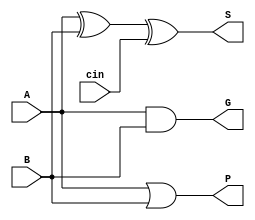
/*
4 * 4-bit CLA --> 2 * 16-bit CLA --> 32-bit CLA
*/
module Adder1(
	input A,
	input B,
	input cin,
	output S,
	output G,
	output P);
	
	assign S = A ^ B ^ cin;
	assign G = A & B;
	assign P = A | B;
endmodule

module CLA4(
	input [3:0] P,
	input [3:0] G,
	input cin,
	output [3:0] c,
	output Gout,
	output Pout);
	
	assign c[0] = G[0] | (P[0] & cin);
	assign c[1] = G[1] | (P[1] & G[0]) | (P[1] & P[0] & cin);
	assign c[2] = G[2] | (P[2] & G[1]) | (P[2] & P[1] & G[0]) | (P[2] & P[1] & P[0] & cin);
	assign c[3] = G[3] | (P[3] & G[2]) | (P[3] & P[2] & G[1]) | (P[3] & P[2] & P[1] & G[0]) |
			 (P[3] & P[2] & P[1] & P[0] & cin);
	assign Gout = G[3] | (P[3] & G[2]) | (P[3] & P[2] & G[1]) | (P[3] & P[2] & P[1] & G[0]);
	assign Pout = P[3] & P[2] & P[1] & P[0];
endmodule

module Adder4(
	input [3:0] A,
	input [3:0] B,
	input cin,
	output [3:0] S,
	output Gout,
	output Pout,
	output cout);

	wire [3:0] G;
	wire [3:0] P;
	wire [3:0] c;
	CLA4 c0(
		.P(P),
		.G(G),
		.cin(cin),
		.c(c),
		.Gout(Gout),
		.Pout(Pout));
	Adder1 a1(
		.A(A[0]),
		.B(B[0]),
		.cin(cin),
		.S(S[0]),
		.G(G[0]),
		.P(P[0]));
	genvar i;
	generate
		for(i = 1; i <= 3; i = i+1) begin: adder_gen
			Adder1 ai(
			.A(A[i]),
			.B(B[i]),
			.cin(c[i-1]),
			.S(S[i]),
			.G(G[i]),
			.P(P[i]));
		end
	endgenerate
	assign cout = c[3];
endmodule

module Adder16(
	input [15:0] A,
	input [15:0] B,
	input cin,
	output [15:0] S,
	output Gout,
	output Pout,
	output cout);

	wire [3:0] G;
	wire [3:0] P;
	wire [3:0] c;
	CLA4 c0(
		.P(P),
		.G(G),
		.cin(cin),
		.c(c),
		.Gout(Gout),
		.Pout(Pout));
	Adder4 a2(
		.A(A[3:0]),
		.B(B[3:0]),
		.cin(cin),
		.S(S[3:0]),
		.Gout(G[0]),
		.Pout(P[0]));
	genvar i;
	generate
		for(i = 1; i <= 3; i = i+1) begin: adder4_gen
			Adder4 a4(
			.A(A[4*i+3:4*i]),
			.B(B[4*i+3:4*i]),
			.cin(c[i-1]),
			.S(S[4*i+3:4*i]),
			.Gout(G[i]),
			.Pout(P[i]));
		end
	endgenerate
	assign cout = c[3];
endmodule

//(cin == 1)? A-B : A+B
module Adder32(
	input [31:0] A,
	input [31:0] B,
	input cin,
	output [31:0] S,
	output cout,
	output CF,
	output ZF,
	output OF,
	output SF);

	assign SF = S[31];
	assign ZF = ~|S;
	assign CF = cout ^ cin;
	wire [31:0] B_in;
	wire [31:0] B_sb;
	assign B_in = (cin==1)? (~B[31:0]) : B[31:0];
	assign B_sb = B_in + 1;
	assign OF = (A[31]==B_sb[31]) && (S[31]!=A[31]);
	wire [1:0] G;
	wire [1:0] P;
	wire ci;
	Adder16 add16_1(
	.A(A[15:0]),
	.B(B_in[15:0]),
	.cin(cin),
	.S(S[15:0]),
	.Gout(G[0]),
	.Pout(P[0]));
	Adder16 add16_2(
	.A(A[31:16]),
	.B(B_in[31:16]),
	.cin(ci),
	.S(S[31:16]),
	.Gout(G[1]),
	.Pout(P[1]));
	assign ci = G[0] | P[0] & cin;
	assign cout = G[1] | P[1] & G[0] | P[1] & P[0] & cin;
endmodule